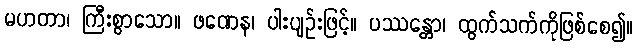
မဟတာ၊ ကြီးစွာသော။ ဖဏေန၊ ပါးပျဉ်းဖြင့်။ ပဿန္တော၊ ထွက်သက်ကိုဖြစ်စေ၍။